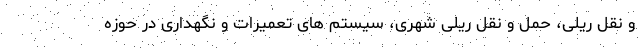
و نقل ریلی، حمل و نقل ریلی شهری، سیستم های تعمیرات و نگهداری در حوزه